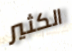
الكثير